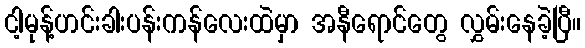
ငါ့မုန့်ဟင်းခါးပန်းကန်လေးထဲမှာ အနီရောင်တွေ လွှမ်းနေခဲ့ပြီ။